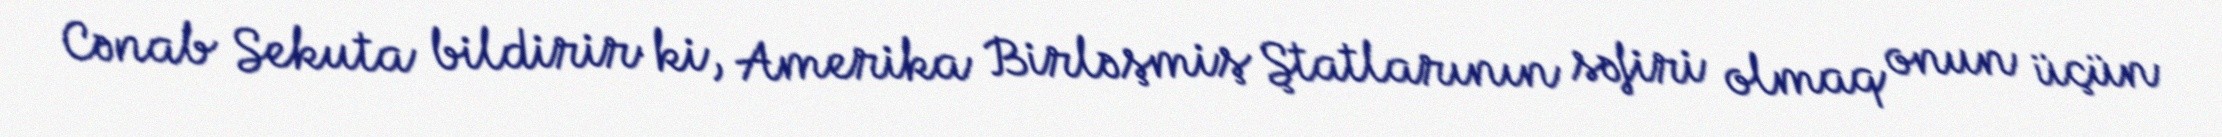
Cənab Sekuta bildirir ki, Amerika Birləşmiş Ştatlarının səfiri olmaq onun üçün